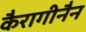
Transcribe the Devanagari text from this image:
कैरागीनैन